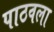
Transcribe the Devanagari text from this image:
पाठवला